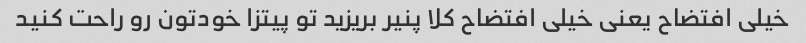
خیلی افتضاح یعنی خیلی افتضاح کلا پنیر بریزید تو پیتزا خودتون رو راحت کنید